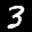
Label: 3